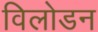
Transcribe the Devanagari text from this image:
विलोडन